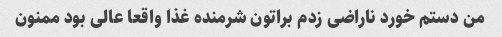
من دستم خورد ناراضی زدم براتون شرمنده غذا واقعا عالی بود ممنون